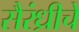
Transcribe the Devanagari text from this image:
सैरंध्रीचे